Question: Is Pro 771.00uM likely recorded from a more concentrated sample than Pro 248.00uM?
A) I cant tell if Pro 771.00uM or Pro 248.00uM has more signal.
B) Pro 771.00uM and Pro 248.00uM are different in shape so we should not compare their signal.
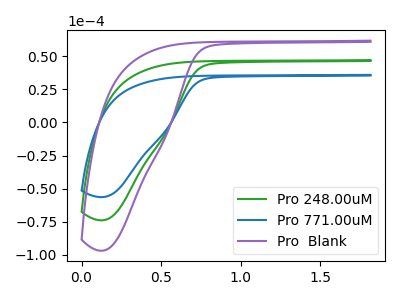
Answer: <think>The green curve "Pro 248.00uM" has no peaks. The blue curve "Pro 771.00uM" has no peaks. The purple curve "Pro  Blank" has no peaks.
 Neither "Pro 771.00uM" or "Pro 248.00uM" have any peaks.</think>
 <answer>A) I cant tell if "Pro 771.00uM" or "Pro 248.00uM" has more signal.</answer>
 <eval>A</eval>